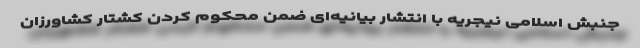
جنبش اسلامی نیجریه با انتشار بیانیه‌ای ضمن محکوم کردن کشتار کشاورزان